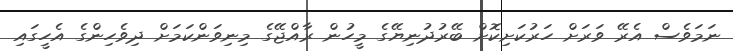
ނަމަވެސް އެރޭ ވަރަށް ހަރުކަށިކޮށް ބޭރުދުނިޔޭގެ މީހުން ރާއްޖޭގެ މިނިވަންކަމަށް ދިވެހިންގެ އެހީގައި